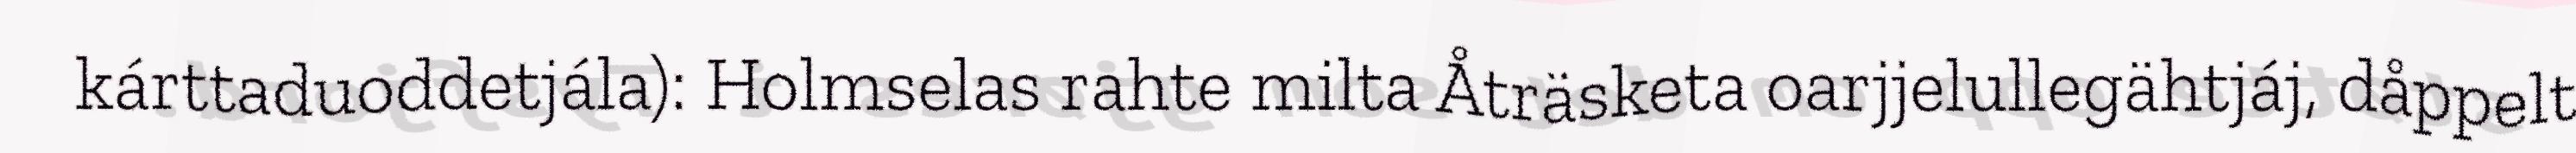
kárttaduoddetjála): Holmselas rahte milta Åträsketa oarjjelullegähtjáj, dåppelt